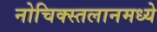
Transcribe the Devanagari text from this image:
नोचिक्स्तलानमध्ये